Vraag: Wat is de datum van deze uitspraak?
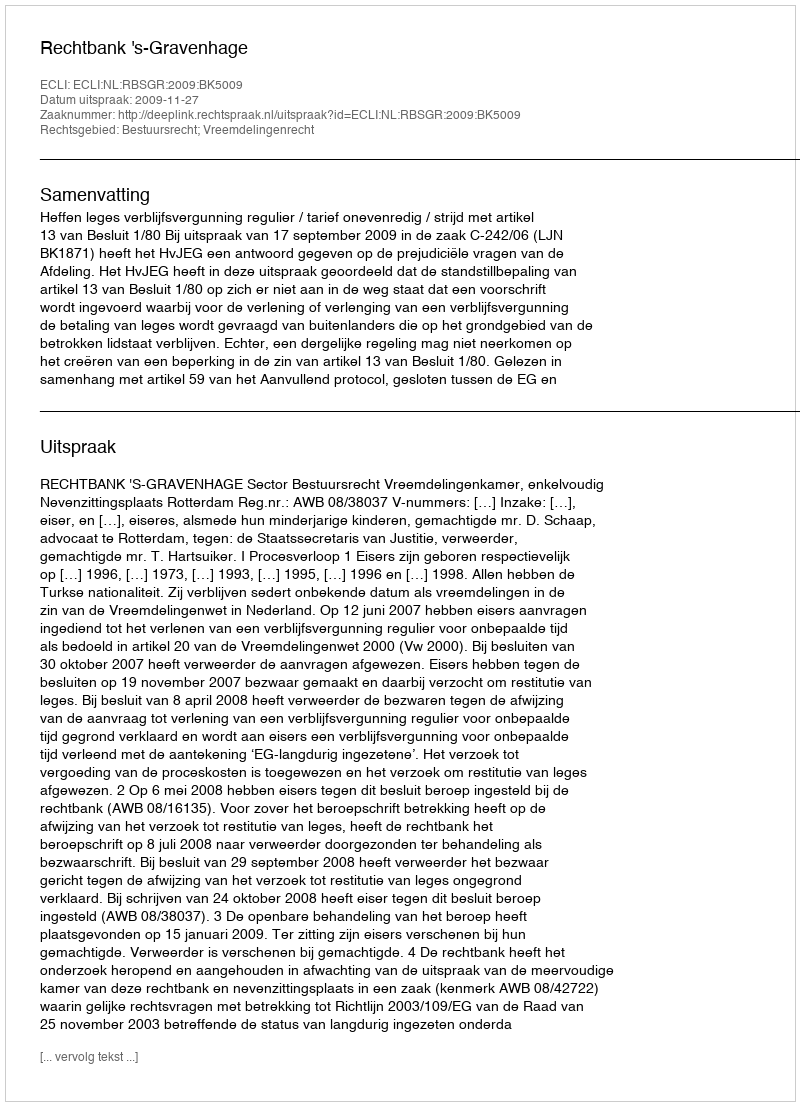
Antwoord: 2009-11-27